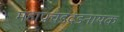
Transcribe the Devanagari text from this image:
महाप्रचंडदंडनायक